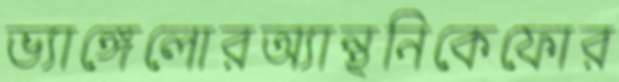
ভ্যাঙ্গেলোরঅ্যান্থনিকেফোর